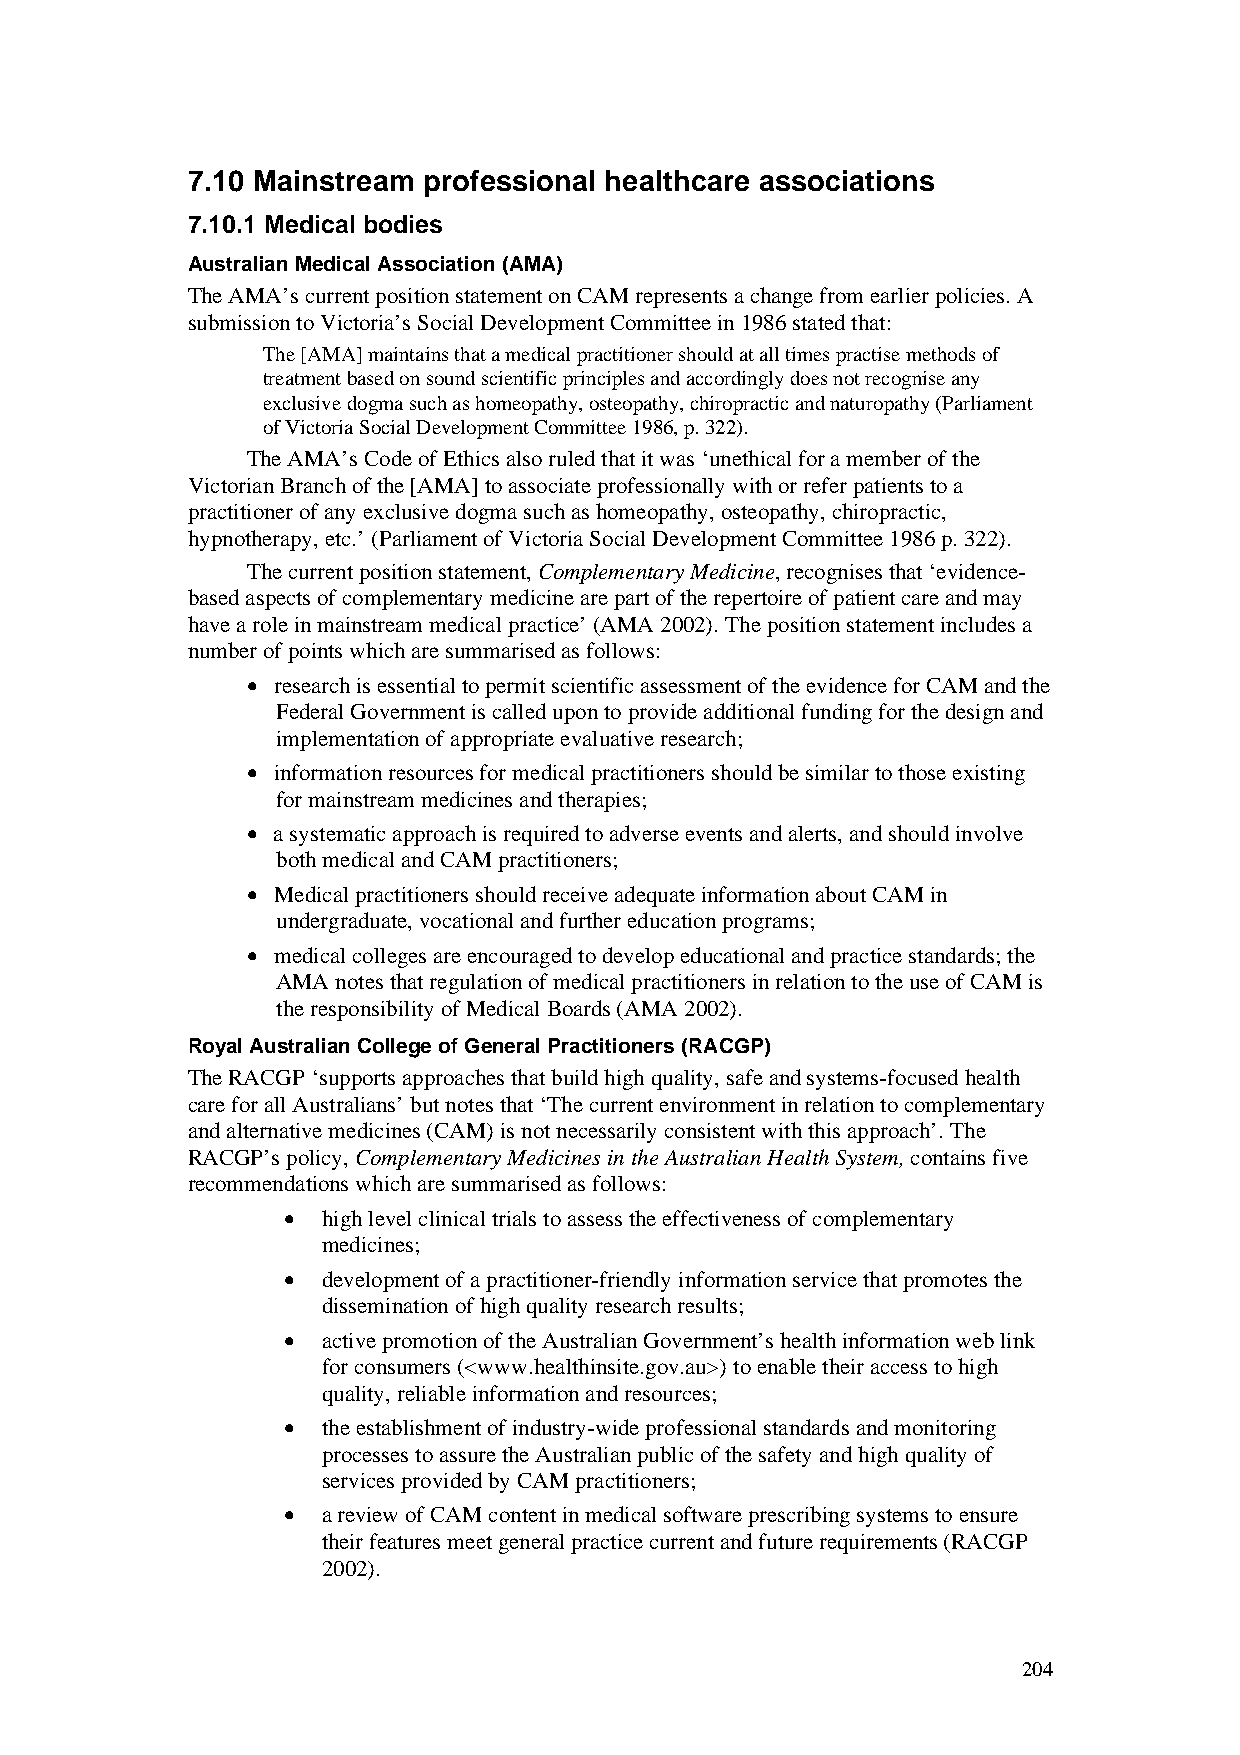
7.10 Mainstream professional healthcare associations
 7.10.1 Medical bodies
 Australian Medical Association (AMA)
 The AMA’s current position statement on CAM represents a change from earlier policies. A
 submission to Victoria’s Social Development Committee in 1986 stated that:
 The [AMA] maintains that a medical practitioner should at all times practise methods of
 treatment based on sound scientific principles and accordingly does not recognise any
 exclusive dogma such as homeopathy, osteopathy, chiropractic and naturopathy (Parliament
 of Victoria Social Development Committee 1986, p. 322).
 The AMA’s Code of Ethics also ruled that it was ‘unethical for a member of the
 Victorian Branch of the [AMA] to associate professionally with or refer patients to a
 practitioner of any exclusive dogma such as homeopathy, osteopathy, chiropractic,
 hypnotherapy, etc.’ (Parliament of Victoria Social Development Committee 1986 p. 322).
 The current position statement, Complementary Medicine, recognises that ‘evidence-
 based aspects of complementary medicine are part of the repertoire of patient care and may
 have a role in mainstream medical practice’ (AMA 2002). The position statement includes a
 number of points which are summarised as follows:
 • research is essential to permit scientific assessment of the evidence for CAM and the
 Federal Government is called upon to provide additional funding for the design and
 implementation of appropriate evaluative research;
 • information resources for medical practitioners should be similar to those existing
 for mainstream medicines and therapies;
 • a systematic approach is required to adverse events and alerts, and should involve
 both medical and CAM practitioners;
 • Medical practitioners should receive adequate information about CAM in
 undergraduate, vocational and further education programs;
 • medical colleges are encouraged to develop educational and practice standards; the
 AMA notes that regulation of medical practitioners in relation to the use of CAM is
 the responsibility of Medical Boards (AMA 2002).
 Royal Australian College of General Practitioners (RACGP)
 The RACGP ‘supports approaches that build high quality, safe and systems-focused health
 care for all Australians’ but notes that ‘The current environment in relation to complementary
 and alternative medicines (CAM) is not necessarily consistent with this approach’. The
 RACGP’s policy, Complementary Medicines in the Australian Health System, contains five
 recommendations which are summarised as follows:
 • high level clinical trials to assess the effectiveness of complementary
 medicines;
 • development of a practitioner-friendly information service that promotes the
 dissemination of high quality research results;
 • active promotion of the Australian Government’s health information web link
 for consumers (<www.healthinsite.gov.au>) to enable their access to high
 quality, reliable information and resources;
 • the establishment of industry-wide professional standards and monitoring
 processes to assure the Australian public of the safety and high quality of
 services provided by CAM practitioners;
 • a review of CAM content in medical software prescribing systems to ensure
 their features meet general practice current and future requirements (RACGP
 2002).
 204